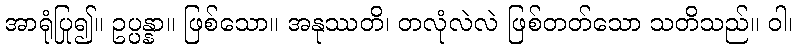
အာရုံပြု၍။ ဥပ္ပန္နာ။ ဖြစ်သော။ အနုဿတိ၊ တလုံလဲလဲ ဖြစ်တတ်သော သတိသည်။ ဝါ၊